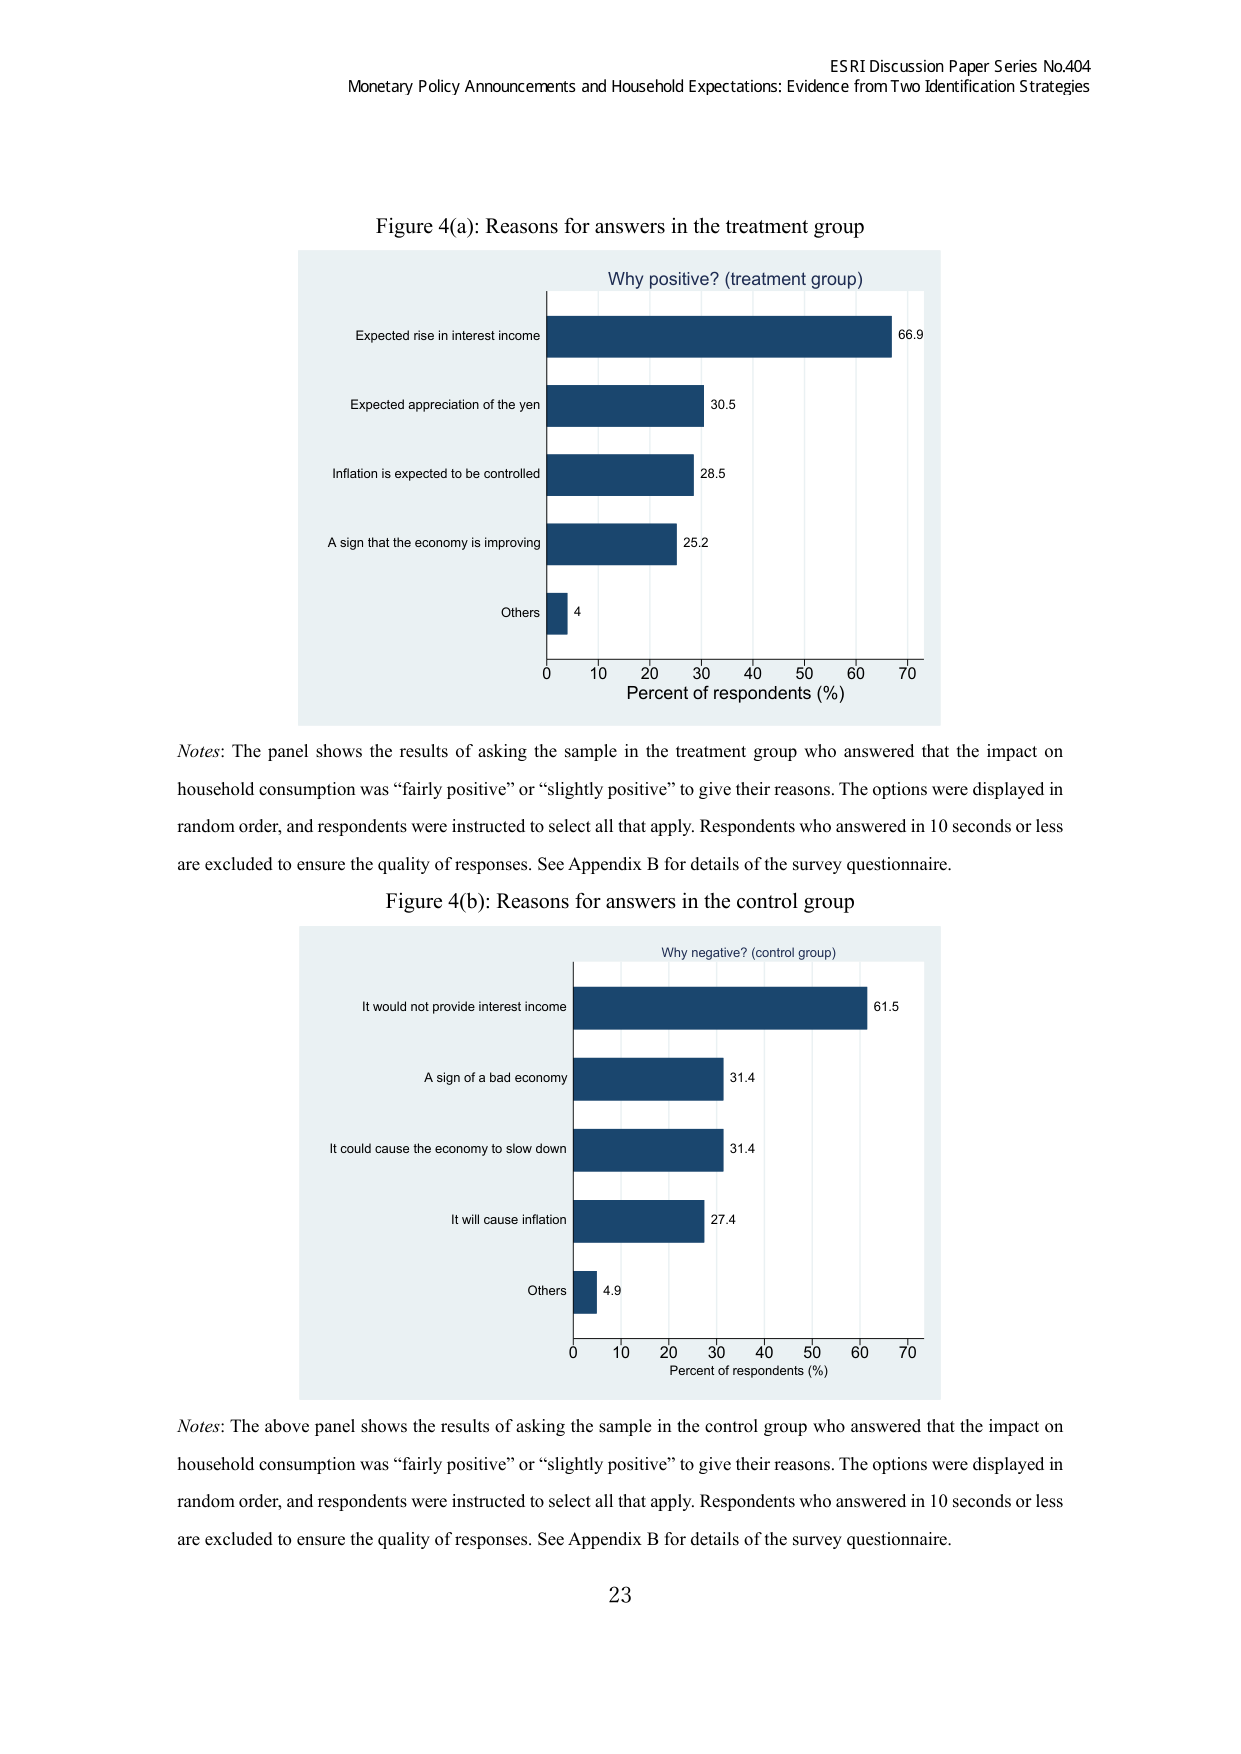
ESRI Discussion Paper Series No.404
Monetary Policy Announcements and Household Expectations: Evidence from Two Identification Strategies

Figure 4(a): Reasons for answers in the treatment group

Why positive? (treatment group)
Expected rise in interest income 66.9
Expected appreciation of the yen 30.5
Inflation is expected to be controlled 28.5
A sign that the economy is improving 25.2
Others 4
0 10 20 30 40 50 60 70
Percent of respondents (%)

Notes: The panel shows the results of asking the sample in the treatment group who answered that the impact on household consumption was “fairly positive” or “slightly positive” to give their reasons. The options were displayed in random order, and respondents were instructed to select all that apply. Respondents who answered in 10 seconds or less are excluded to ensure the quality of responses. See Appendix B for details of the survey questionnaire.

Figure 4(b): Reasons for answers in the control group

Why negative? (control group)
It would not provide interest income 61.5
A sign of a bad economy 31.4
It could cause the economy to slow down 31.4
It will cause inflation 27.4
Others 4.9
0 10 20 30 40 50 60 70
Percent of respondents (%)

Notes: The above panel shows the results of asking the sample in the control group who answered that the impact on household consumption was “fairly positive” or “slightly positive” to give their reasons. The options were displayed in random order, and respondents were instructed to select all that apply. Respondents who answered in 10 seconds or less are excluded to ensure the quality of responses. See Appendix B for details of the survey questionnaire.

23